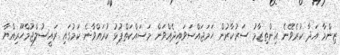
ޒިންމާ އަދާ ކުރެވޭނެ އިންތިޒާމު ސަރުކާރުން ހަމަޖައްސަވައިދެއްވަން މަސައްކަތްޕުޅު ކުރައްވާނެ ކަމުގައި ރައީސުލްޖުމްހޫރިއްޔާ